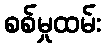
စစ်မှုထမ်း